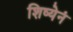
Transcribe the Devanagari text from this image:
शिष्येनं